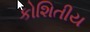
કોશિતીય